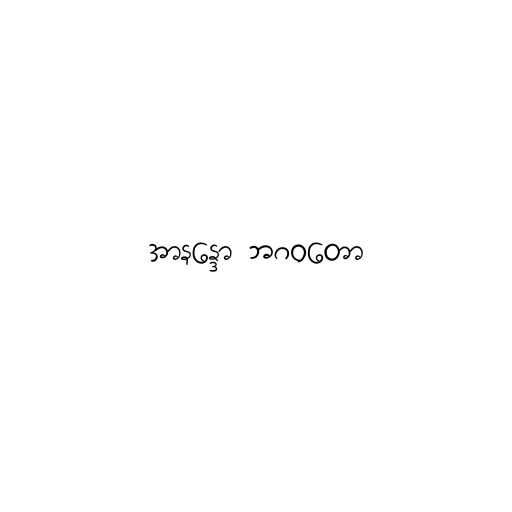
အာနန္ဒော ဘဂဝတော